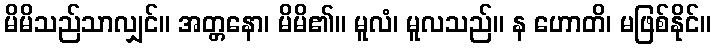
မိမိသည်သာလျှင်။ အတ္တနော၊ မိမိ၏။ မူလံ၊ မူလသည်။ န ဟောတိ၊ မဖြစ်နိုင်။